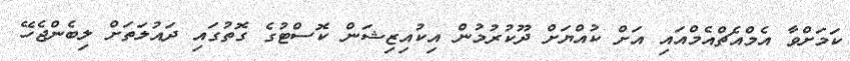
ކަމަށްވާ އެމްއެޗްއެމްއައި އަށް ކުއްޔަށް ދޫކުރުމުން އިކުއިޒިޝަން ކޮސްޓުގެ ގޮތުގައި ދައުލަތަށް ލިބެންޖެހޭ